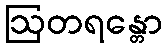
ဩတရန္တော